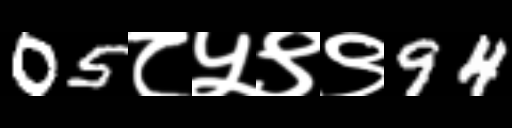
Text: 05८५९९94